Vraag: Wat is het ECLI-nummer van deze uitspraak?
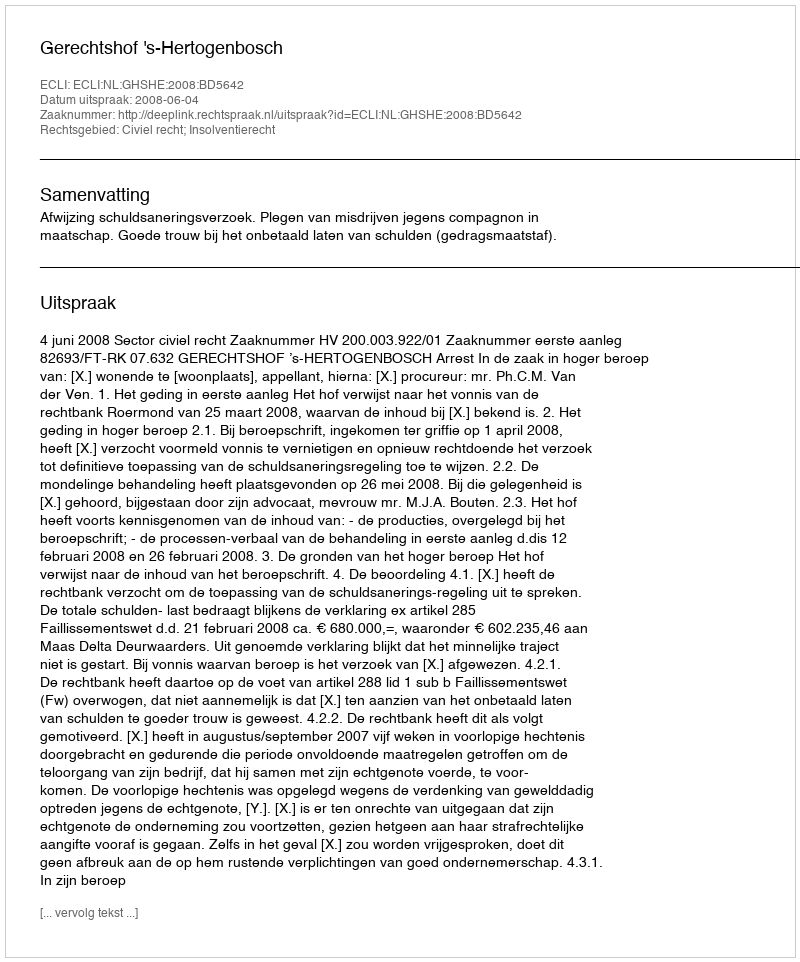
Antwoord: ECLI:NL:GHSHE:2008:BD5642